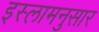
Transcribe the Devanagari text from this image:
इस्लामनुसार